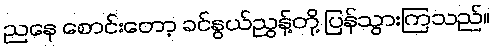
ညနေ စောင်းတော့ ခင်နွယ်ညွန့်တို့ ပြန်သွားကြသည်။